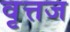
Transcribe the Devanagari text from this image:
वृत्तज